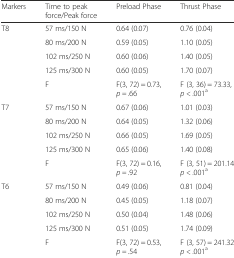
<table><thead><tr><td><b>Markers</b></td><td><b>Time to peak force/Peak force</b></td><td><b>Preload Phase</b></td><td><b>Thrust Phase</b></td></tr></thead><tbody><tr><td rowspan="5">T8</td><td>57 ms/150 N</td><td>0.64 (0.07)</td><td>0.76 (0.04)</td></tr><tr><td>80 ms/200 N</td><td>0.59 (0.05)</td><td>1.10 (0.05)</td></tr><tr><td>102 ms/250 N</td><td>0.60 (0.06)</td><td>1.40 (0.05)</td></tr><tr><td>125 ms/300 N</td><td>0.60 (0.05)</td><td>1.70 (0.07)</td></tr><tr><td>F</td><td>F(3, 72) = 0.73, <i>p =</i> .66</td><td>F (3, 36) = 73.33, <i>p &lt;</i> .001<sup>a</sup></td></tr><tr><td rowspan="5">T7</td><td>57 ms/150 N</td><td>0.67 (0.06)</td><td>1.01 (0.03)</td></tr><tr><td>80 ms/200 N</td><td>0.64 (0.05)</td><td>1.32 (0.06)</td></tr><tr><td>102 ms/250 N</td><td>0.66 (0.05)</td><td>1.69 (0.05)</td></tr><tr><td>125 ms/300 N</td><td>0.65 (0.06)</td><td>1.40 (0.08)</td></tr><tr><td>F</td><td>F(3, 72) = 0.16, <i>p =</i> .92</td><td>F (3, 51) = 201.14, <i>p &lt;</i> .001<sup>a</sup></td></tr><tr><td rowspan="5">T6</td><td>57 ms/150 N</td><td>0.49 (0.06)</td><td>0.81 (0.04)</td></tr><tr><td>80 ms/200 N</td><td>0.45 (0.05)</td><td>1.18 (0.07)</td></tr><tr><td>102 ms/250 N</td><td>0.50 (0.04)</td><td>1.48 (0.06)</td></tr><tr><td>125 ms/300 N</td><td>0.51 (0.05)</td><td>1.74 (0.09)</td></tr><tr><td>F</td><td>F(3, 72) = 0.53, <i>p =</i> .54</td><td>F (3, 57) = 241.32, <i>p &lt;</i> .001<sup>a</sup></td></tr></tbody></table>